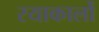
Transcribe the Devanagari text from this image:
रयाकार्लो